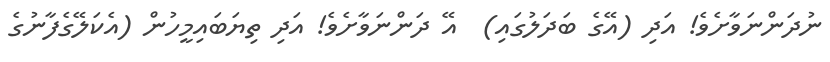
ނުދަންނަވާށެވެ! އަދި (އޭގެ ބަދަލުގައި)  އޭ ދަންނަވާށެވެ! އަދި ތިޔަބައިމީހުން (އެކަލޭގެފާނުގެ